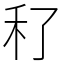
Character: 䄦